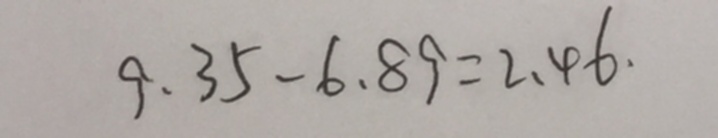
9 . 3 5 - 6 . 8 9 = 2 . 4 6 .